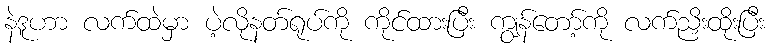
နဲဒူဟာ လက်ထဲမှာ ပဲ့လိုနတ်ရုပ်ကို ကိုင်ထားပြီး ကျွန်တော့်ကို လက်ညှိးထိုးပြီး